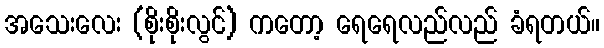
အသေးလေး (စိုးစိုးလွင်) ကတော့ ရေရေလည်လည် ခံရတယ်။